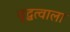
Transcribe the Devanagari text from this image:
वृद्धत्वाला